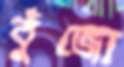
বুঁজো